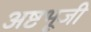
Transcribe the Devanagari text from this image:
अष्टभूजी